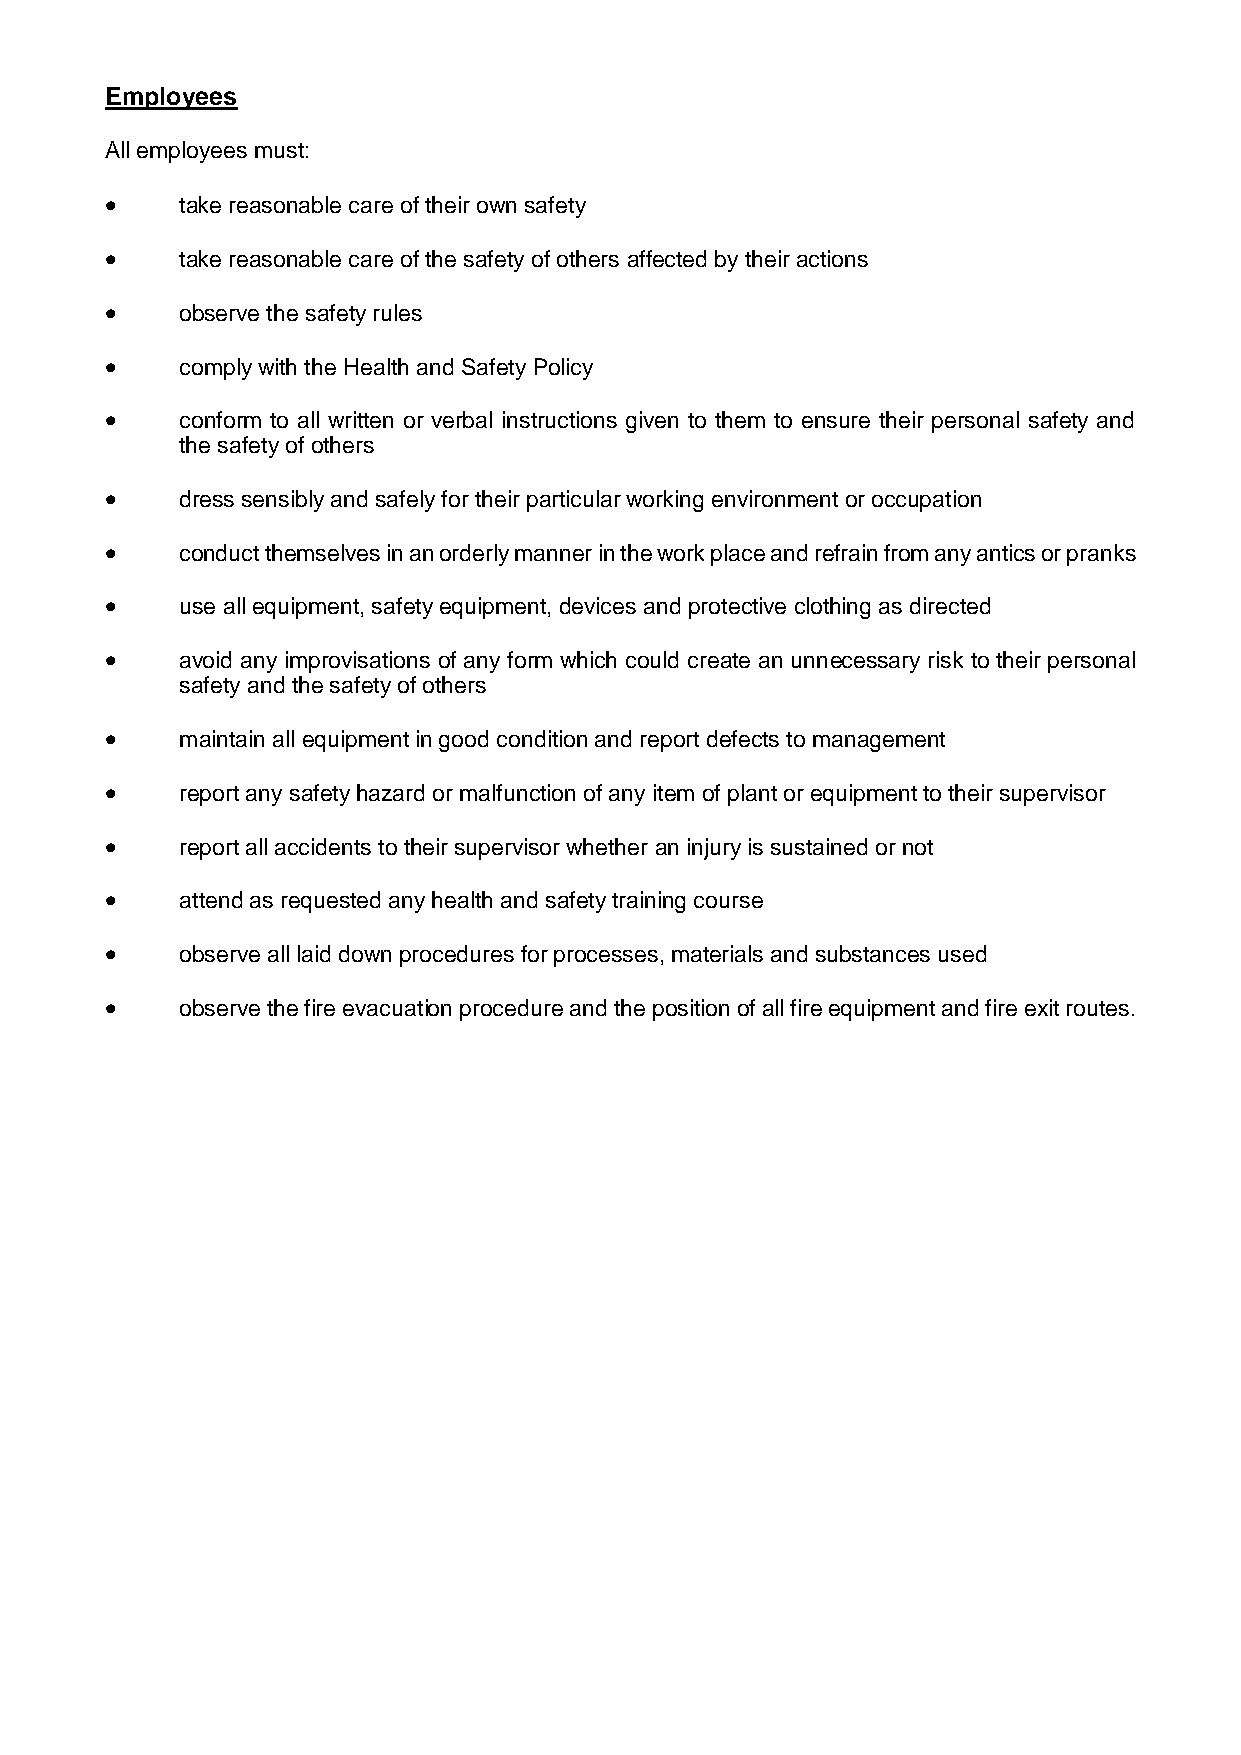
Employees
 All employees must:
     take reasonable care of their own safety
     take reasonable care of the safety of others affected by their actions
     observe the safety rules
     comply with the Health and Safety Policy
     conform to all written or verbal instructions given to them to ensure their personal safety and
 the safety of others
     dress sensibly and safely for their particular working environment or occupation
     conduct themselves in an orderly manner in the work place and refrain from any antics or pranks
     use all equipment, safety equipment, devices and protective clothing as directed
     avoid any improvisations of any form which could create an unnecessary risk to their personal
 safety and the safety of others
     maintain all equipment in good condition and report defects to management
     report any safety hazard or malfunction of any item of plant or equipment to their supervisor
     report all accidents to their supervisor whether an injury is sustained or not
     attend as requested any health and safety training course
     observe all laid down procedures for processes, materials and substances used
     observe the fire evacuation procedure and the position of all fire equipment and fire exit routes.